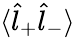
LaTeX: \langle\hat{l}_{+}\hat{l}_{-}\rangle